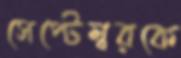
সেপ্টেম্বরকে